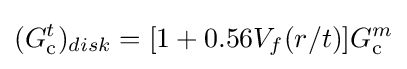
(G_{\rm {c}}^{t})_{disk}=[1+0.56V_{f}(r/t)]G_{\rm {c}}^{m}